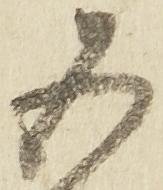
五